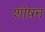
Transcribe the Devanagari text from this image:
शोषन